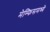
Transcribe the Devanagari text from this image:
मेम्फिसमध्ये